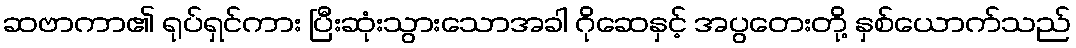
ဆဗာကာ၏ ရုပ်ရှင်ကား ပြီးဆုံးသွားသောအခါ ဂိုဆေနှင့် အပွတေးတို့ နှစ်ယောက်သည်